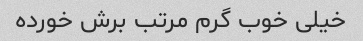
خیلی خوب گرم مرتب برش خورده